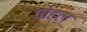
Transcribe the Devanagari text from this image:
पोह्ल